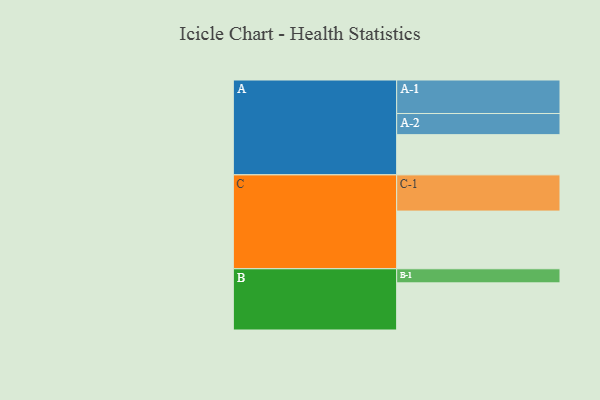
{"axis": {"x": "Segment", "y": "Value"}, "legend": ["", "A", "B", "C"], "data": [{"x": "A", "y": 331, "type": ""}, {"x": "B", "y": 388, "type": ""}, {"x": "C", "y": 475, "type": ""}, {"x": "A-1", "y": 276, "type": "A"}, {"x": "A-2", "y": 174, "type": "A"}, {"x": "B-1", "y": 116, "type": "B"}, {"x": "C-1", "y": 298, "type": "C"}]}